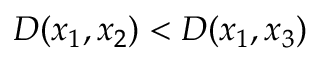
D ( x _ { 1 } , x _ { 2 } ) < D ( x _ { 1 } , x _ { 3 } )